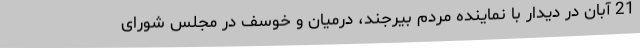
21 آبان در دیدار با نماینده مردم بیرجند، درمیان و خوسف در مجلس شورای